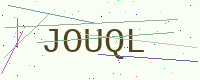
Text: JOUQL